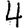
Digit: 4